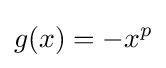
g(x)=-x^{p}